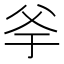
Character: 𤕎